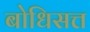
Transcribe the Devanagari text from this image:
बोधिसत्त